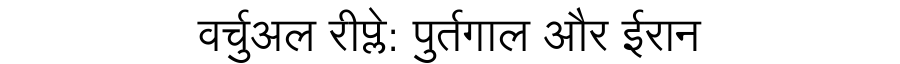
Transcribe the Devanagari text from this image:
वर्चुअल रीप्ले: पुर्तगाल और ईरान